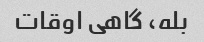
بله، گاهی اوقات